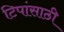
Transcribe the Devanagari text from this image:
टिपांसाठी